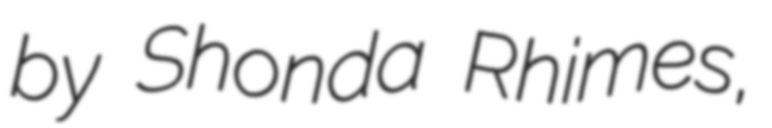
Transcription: by Shonda Rhimes,